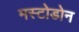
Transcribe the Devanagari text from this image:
मस्टोडोन